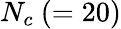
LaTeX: N_{c}~(=20)